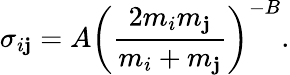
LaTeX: \sigma_{i\mathbf{j}}=A\left(\frac{{2m_{i}m_{\mathbf{j}}}}{{m_{i}+m_{\mathbf{j}}}}\right)^{-B}.